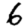
Digit: 6